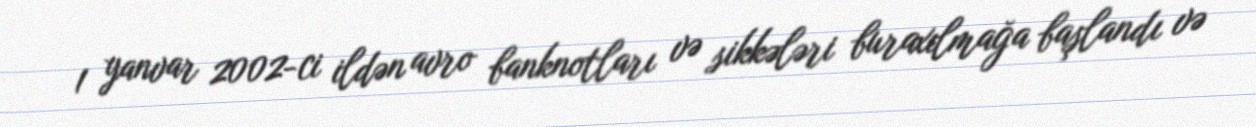
1 yanvar 2002-ci ildən avro banknotları və sikkələri buraxılmağa başlandı və